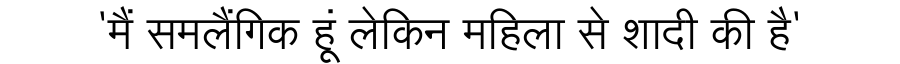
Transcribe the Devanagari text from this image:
'मैं समलैंगिक हूं लेकिन महिला से शादी की है'